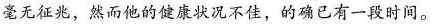
毫无征兆，然而他的健康状况不佳，的确已有一段时间。